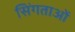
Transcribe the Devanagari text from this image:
सिंगताओं